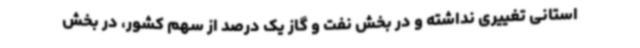
استانی تغییری نداشته و در بخش نفت و گاز یک درصد از سهم کشور، در بخش